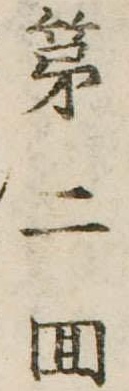
第二回